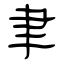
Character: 聿